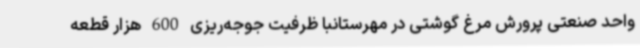
واحد صنعتی پرورش مرغ گوشتی در مهرستانبا ظرفیت جوجه‌ریزی 600 هزار قطعه